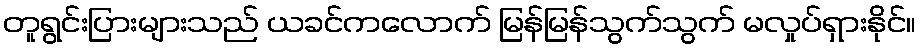
တူရွင်းပြားများသည် ယခင်ကလောက် မြန်မြန်သွက်သွက် မလှုပ်ရှားနိုင်။